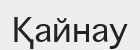
Қайнау